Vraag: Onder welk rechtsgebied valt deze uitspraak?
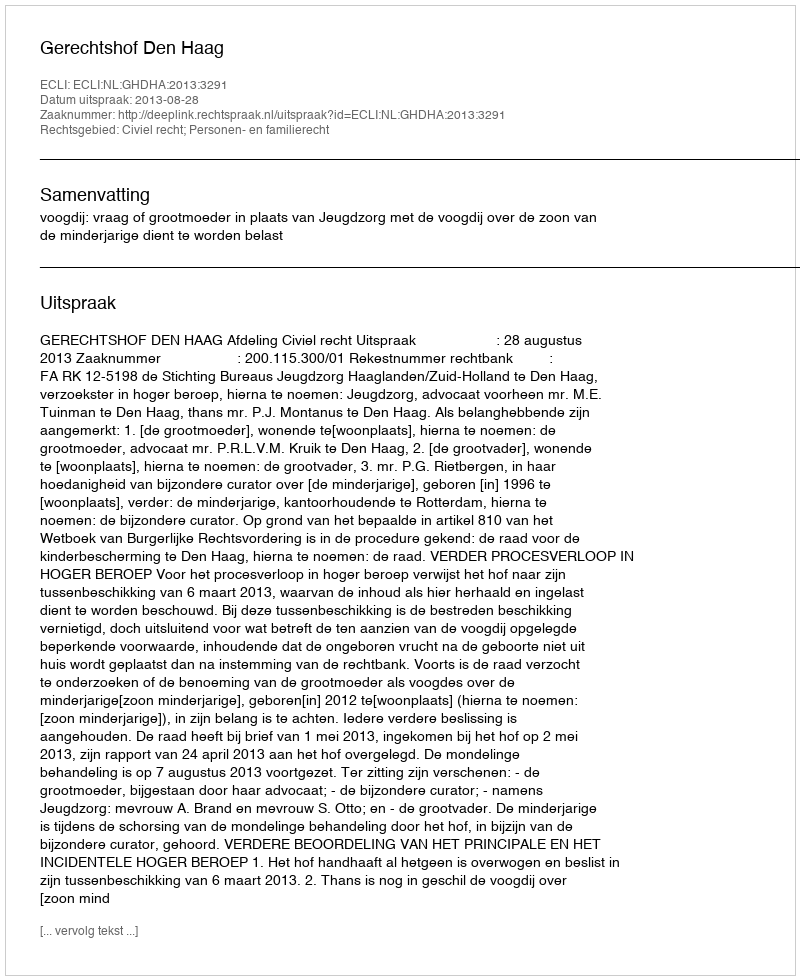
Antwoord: Civiel recht; Personen- en familierecht